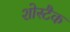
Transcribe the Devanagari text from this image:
शोस्टैक